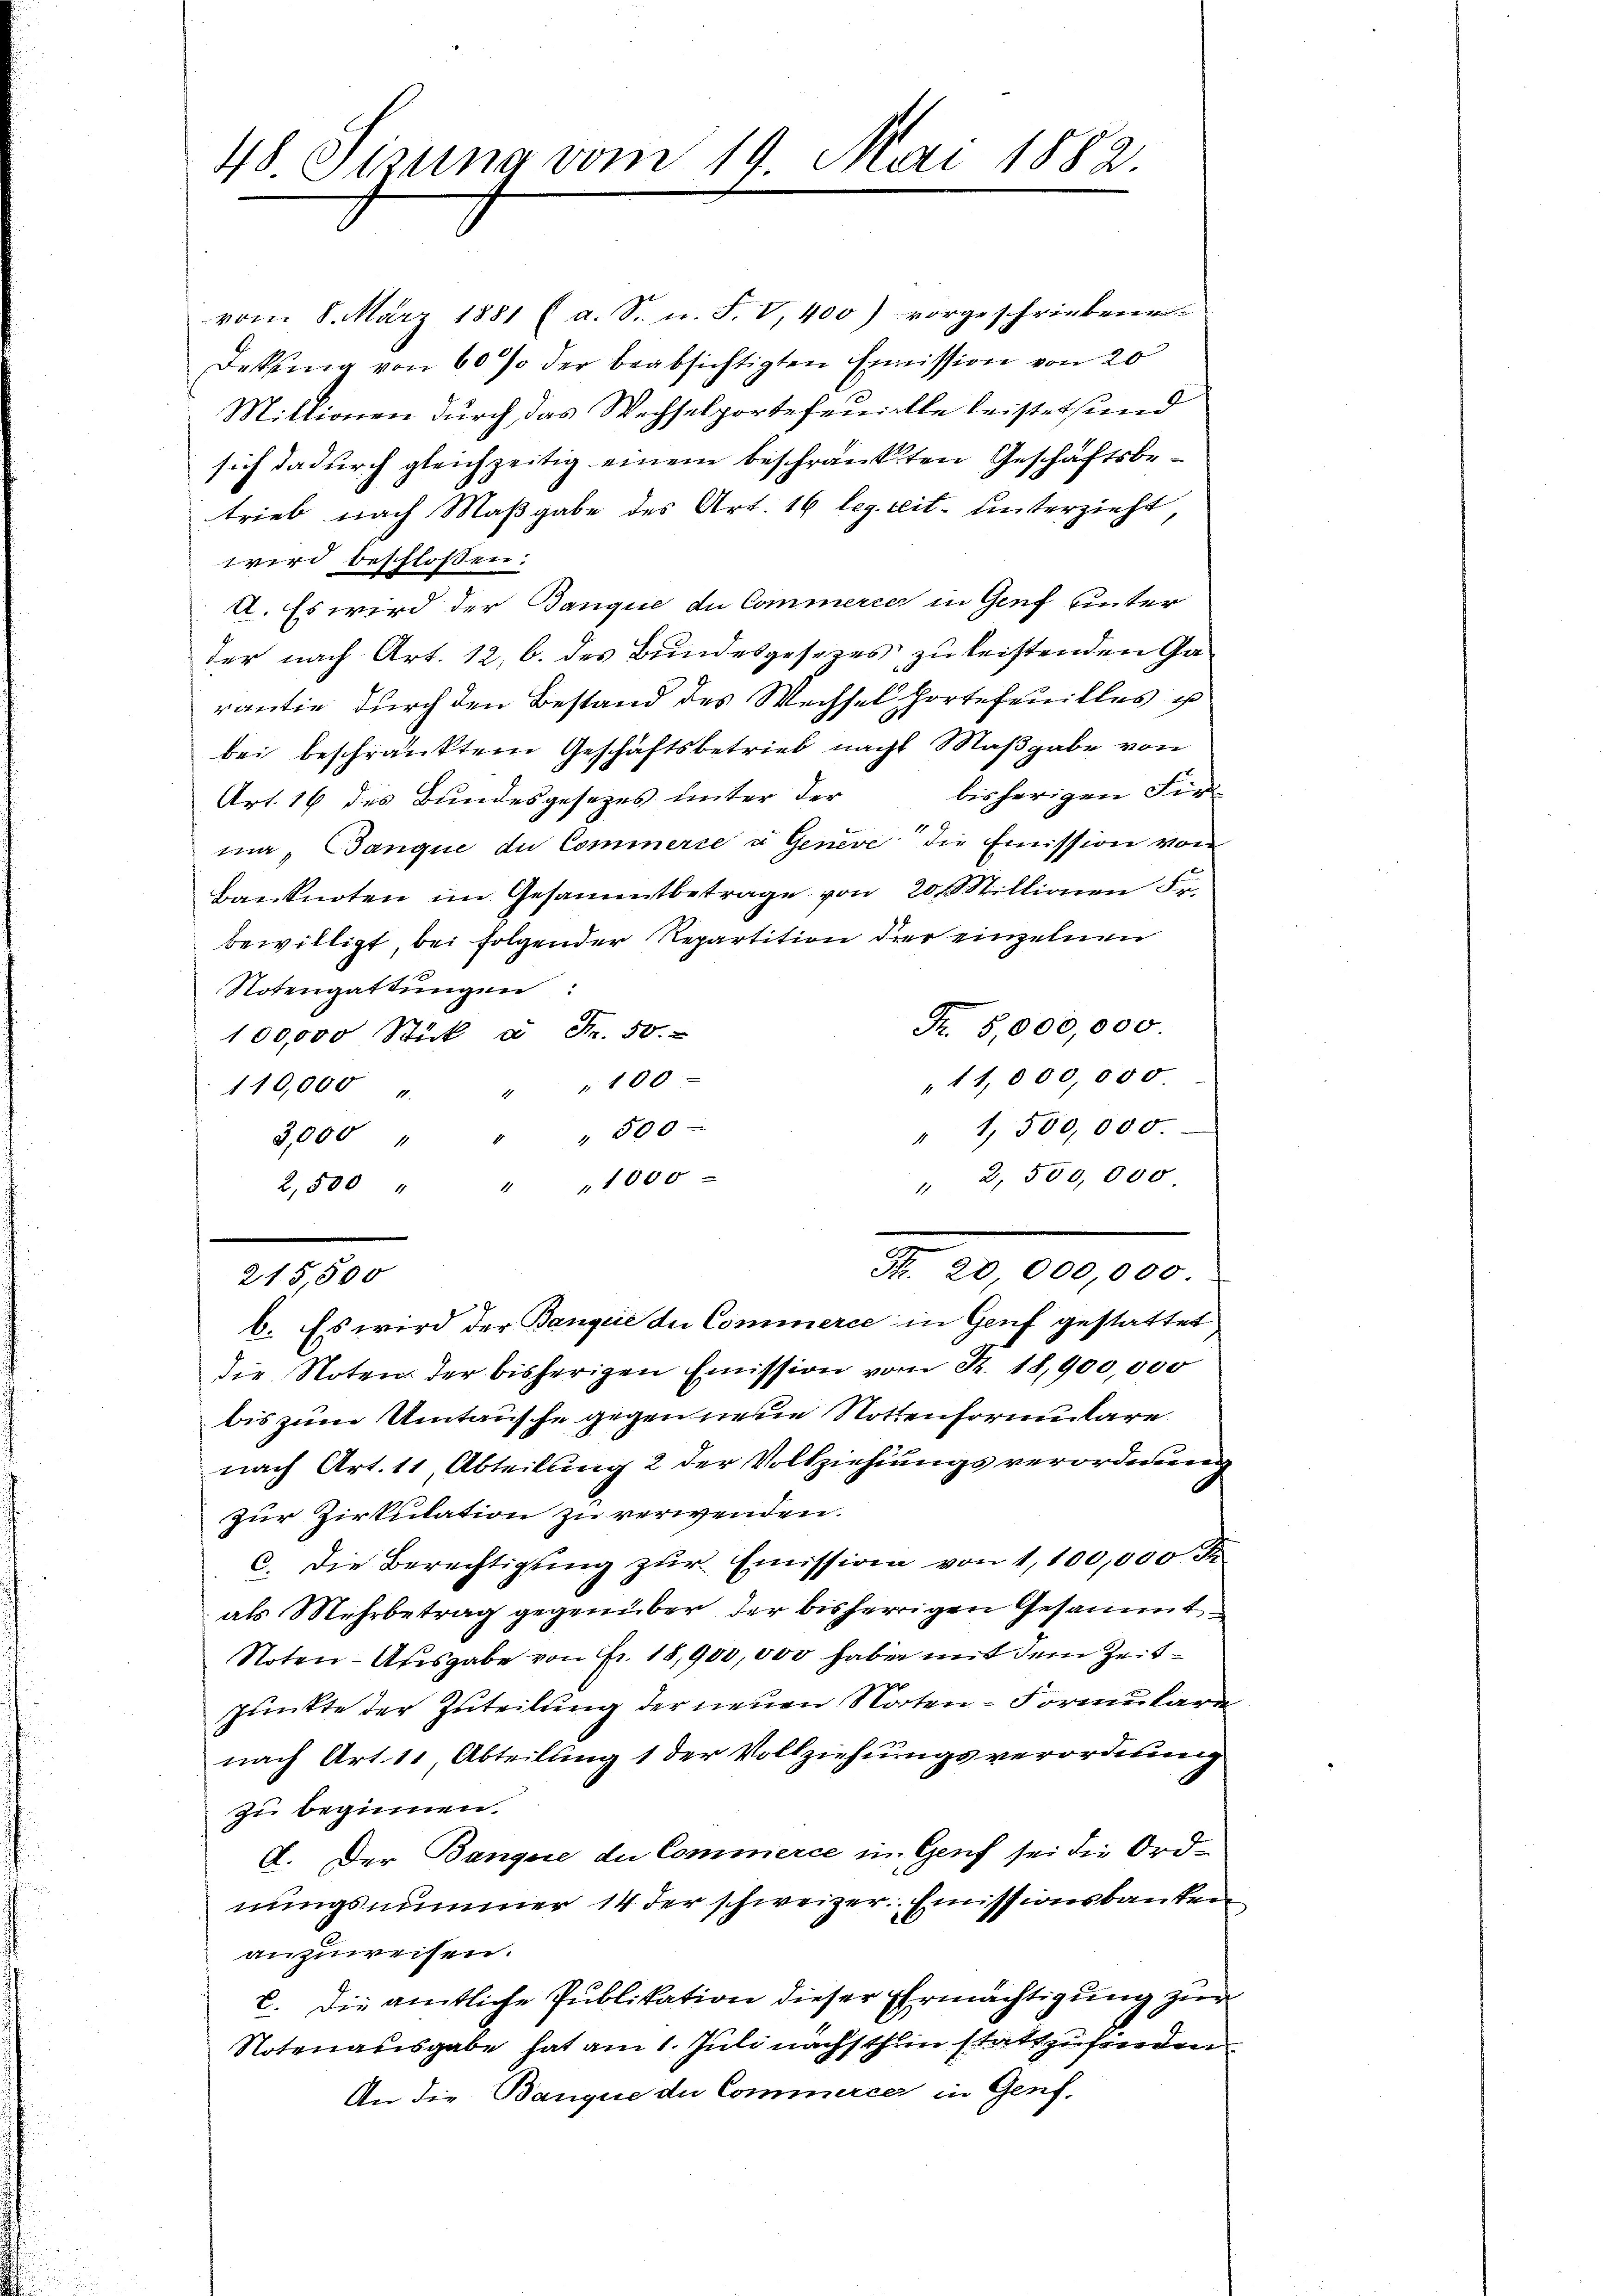
48 Sisung vom 19. Mai 1882.

vom 8. März 1881 (a. S. u. F. V, 400) vorgeschriebener
Dekŭng von 60 % der beabsichtigten Emission von 20
Mittionen durch das Wechselportefeuille leistet und
sich dadurch gleichzeitig einem beschränkten Geschäftsbetrieb nach Maßgabe des Art. 16 leg. reit. unterzieht,
wird beschloßen:
A. Es wird der Banque du Commercer in Genf unter
der nach Art. 12, b. des Bundesgesezes zu leistenden Ga-
rantie durch den Bestand des Wechsel fortefeuilles u
bei beschränktem Geschäftsbetrieb nach Maßgabe von
bisherigen Für-
Art. 16 des Bundesgesezes unter der
ma, Banque du Commerce u Geneve die Emission von
Banknoten im Gesammtbetrage von 20 Millionen Fr.
bewilligt, bei folgender Repartition der einzelnen
Notengattungen:
F. 5,000,000
100,000 Stück à Fr. 50.
"11,000,000
110,000 " " 100
" 1,500,000.
3,000 " " " 500 -
" 2,500,000
2,500 " " " 1000
Fr. 20,000,000
215,500
6. Es wird der Banque du Commerce in Genf gestattet
die Noten der bisherigen Emission vom K. 18,900,000
bis zum Umtausche gegen neue Nottenformulare
nach Art. 11, Abteilung 2 der Vollziehungsverordnung
zur Zirkulation zu verwenden.
C. Die Berechtigŭng zŭr Emission von 1,100,000 Fr.
als Mehrbetrag gegenüber der bisherrigen Gesammt
Noten-Ausgabe von Fr. 18,900,000 haben mit dem Zeitpunkte der Zuteilung der neuen Noten-Formulare
nach Art. 11, Abteilung 1 der Vollziehungsverordnung
zu beginnen.
A. Der Banque du Commerce in Genf sei die Ord-
nungsnummer 14 der schweizer. Emissionsbauten
anzuweisen.
C. Die amtliche Publikation dieser Ermächtigung zur
Notenausgabe hat am 1. Juli nächsthin stattzufinden
An die Banque du Commercer in Genf